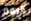
اليوم